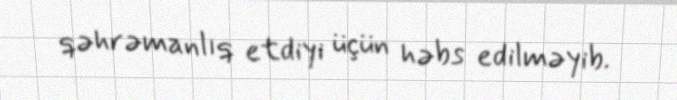
qəhrəmanlıq etdiyi üçün həbs edilməyib.